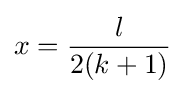
x={\frac {l}{2(k+1)}}